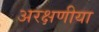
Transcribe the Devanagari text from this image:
अरक्षणीया